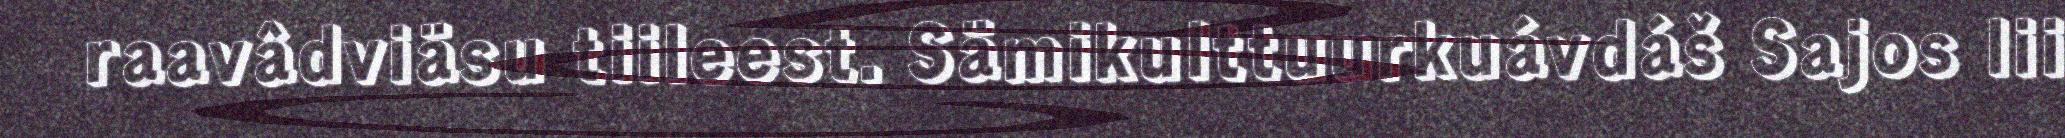
raavâdviäsu tiileest. Sämikulttuurkuávdáš Sajos lii